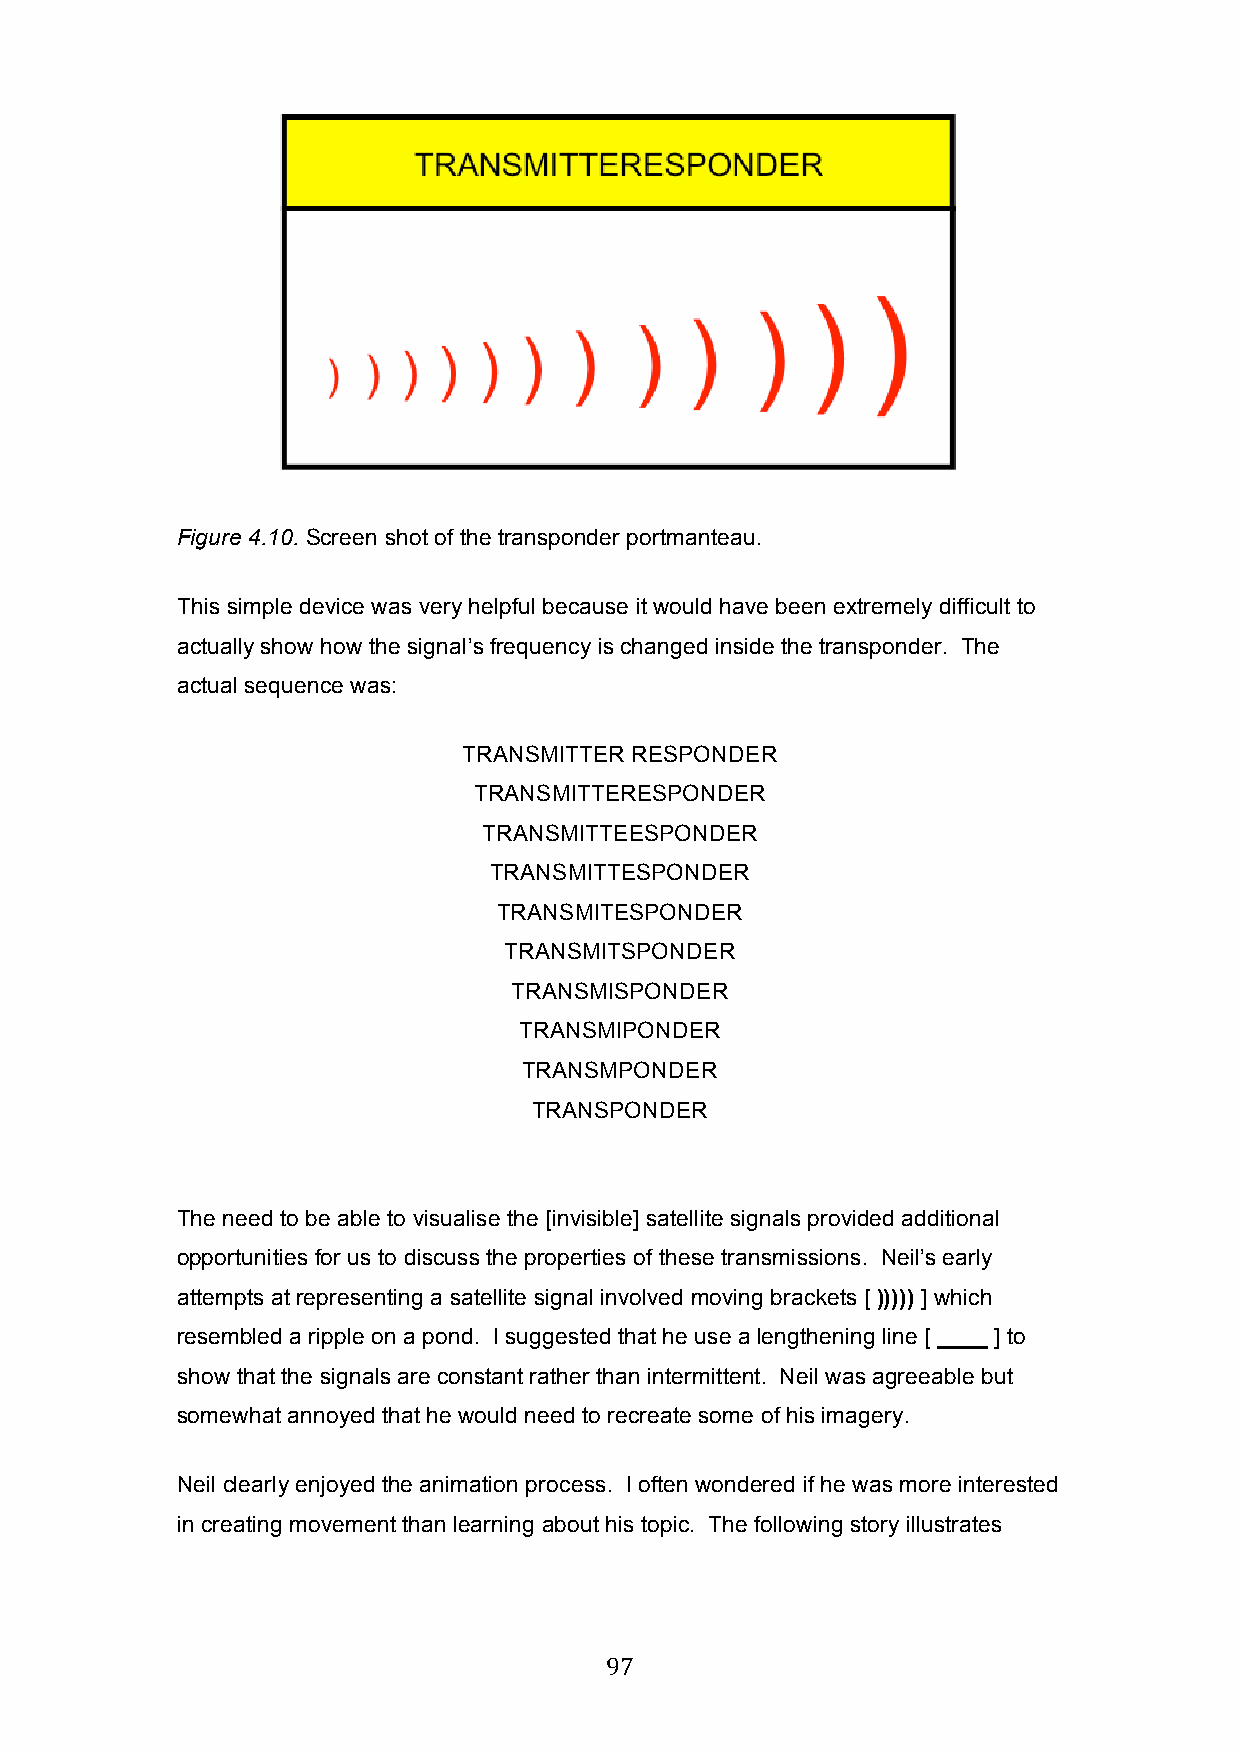
Figure 4.10. Screen shot of the transponder portmanteau.
 This simple device was very helpful because it would have been extremely difficult to
 actually show how the signal’s frequency is changed inside the transponder. The
 actual sequence was:
 TRANSMITTER RESPONDER
 TRANSMITTERESPONDER
 TRANSMITTEESPONDER
 TRANSMITTESPONDER
 TRANSMITESPONDER
 TRANSMITSPONDER
 TRANSMISPONDER
 TRANSMIPONDER
 TRANSMPONDER
 TRANSPONDER
 The need to be able to visualise the [invisible] satellite signals provided additional
 opportunities for us to discuss the properties of these transmissions. Neil’s early
 attempts at representing a satellite signal involved moving brackets [ ))))) ] which
 resembled a ripple on a pond. I suggested that he use a lengthening line [ ____ ] to
 show that the signals are constant rather than intermittent. Neil was agreeable but
 somewhat annoyed that he would need to recreate some of his imagery.
 Neil clearly enjoyed the animation process. I often wondered if he was more interested
 in creating movement than learning about his topic. The following story illustrates
 97